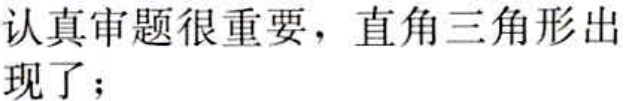
认真审题很重要，直角三角形出现了；